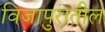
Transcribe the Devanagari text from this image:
विजापुरातील